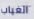
الغياب